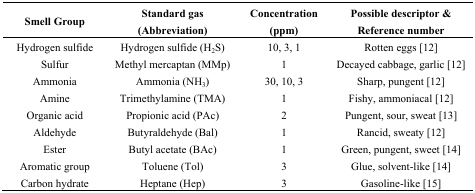
<table><thead><tr><td><b>Smell Group</b></td><td><b>Standard gas (Abbreviation)</b></td><td><b>Concentration (ppm)</b></td><td><b>Possible descriptor &amp; Reference number</b></td></tr></thead><tbody><tr><td>Hydrogen sulfide</td><td>Hydrogen sulfide (H<sub>2</sub>S)</td><td>10, 3, 1</td><td>Rotten eggs [12]</td></tr><tr><td>Sulfur</td><td>Methyl mercaptan (MMp)</td><td>1</td><td>Decayed cabbage, garlic [12]</td></tr><tr><td>Ammonia</td><td>Ammonia (NH<sub>3</sub>)</td><td>30, 10, 3</td><td>Sharp, pungent [12]</td></tr><tr><td>Amine</td><td>Trimethylamine (TMA)</td><td>1</td><td>Fishy, ammoniacal [12]</td></tr><tr><td>Organic acid</td><td>Propionic acid (PAc)</td><td>2</td><td>Pungent, sour, sweat [13]</td></tr><tr><td>Aldehyde</td><td>Butyraldehyde (Bal)</td><td>1</td><td>Rancid, sweaty [12]</td></tr><tr><td>Ester</td><td>Butyl acetate (BAc)</td><td>1</td><td>Green, pungent, sweet [14]</td></tr><tr><td>Aromatic group</td><td>Toluene (Tol)</td><td>3</td><td>Glue, solvent-like [14]</td></tr><tr><td>Carbon hydrate</td><td>Heptane (Hep)</td><td>3</td><td>Gasoline-like [15]</td></tr></tbody></table>